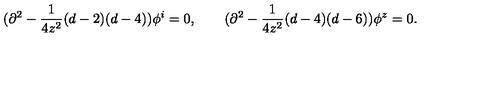
( \partial ^ { 2 } - \frac { 1 } { 4 z ^ { 2 } } ( d - 2 ) ( d - 4 ) ) \phi ^ { i } = 0 , \qquad ( \partial ^ { 2 } - \frac { 1 } { 4 z ^ { 2 } } ( d - 4 ) ( d - 6 ) ) \phi ^ { z } = 0 .